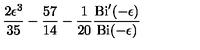
{ \frac { 2 \epsilon ^ { 3 } } { 3 5 } } - { \frac { 5 7 } { 1 4 } } - { \frac { 1 } { 2 0 } } { \frac { \mathrm { B i } ^ { \prime } ( - \epsilon ) } { \mathrm { B i } ( - \epsilon ) } }